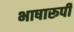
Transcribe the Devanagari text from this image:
भाषारूपी